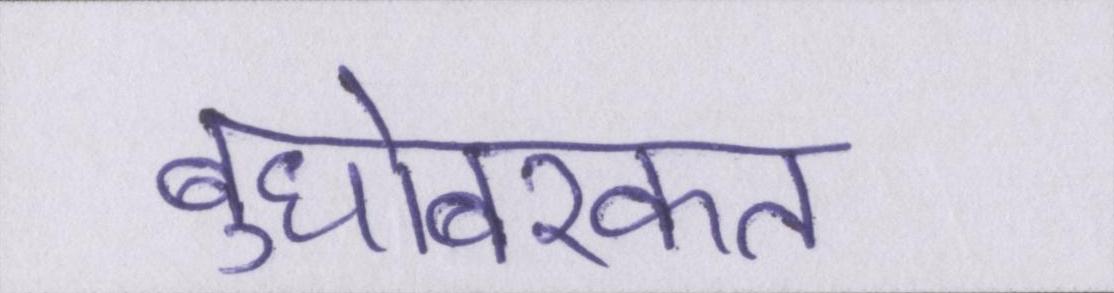
बुधोबरकत